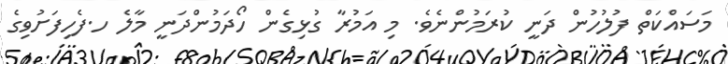
މަސައްކަތް ފުލުހުން ދަނީ ކުރަމުންނެވެ. މި އަމުރާ ގުޅިގެން ހޯދަމުންދަނީ މާލެ ހ.ފެހިފަށުވިގެ